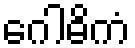
ဂေါဓိကံ